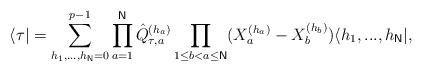
LaTeX: \begin{align*}\langle \tau |=\sum_{h_{1},...,h_{\mathsf{N}}=0}^{p-1}\prod_{a=1}^{\mathsf{N}}\hat{Q}_{\tau ,a}^{(h_{a})}\prod_{1\leq b<a\leq \mathsf{N}}(X_{a}^{(h_{a})}-X_{b}^{(h_{b})})\langle h_{1},...,h_{\mathsf{N}}|,\end{align*}